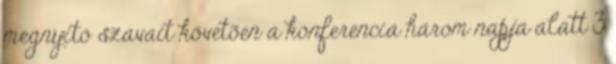
megnyitó szavait követõen a konferencia három napja alatt 3